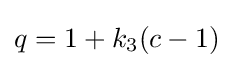
q=1+k_{3}(c-1)